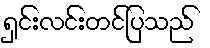
ရှင်းလင်းတင်ပြသည်